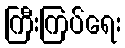
ကြီးကြပ်ရေး